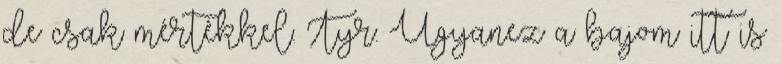
de csak mértékkel. Tyr: Ugyanez a bajom itt is